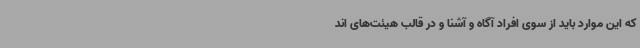
که این موارد باید از سوی افراد آگاه و آشنا و در قالب هیئت‌های اند